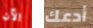
الآن أدعك